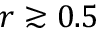
r \gtrsim 0 . 5